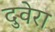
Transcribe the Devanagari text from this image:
दुवेरा